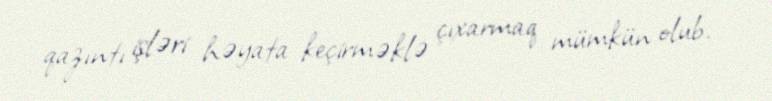
qazıntı işləri həyata keçirməklə çıxarmaq mümkün olub.